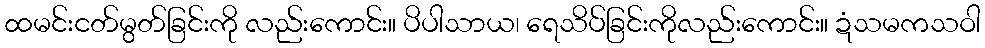
ထမင်းငတ်မွတ်ခြင်းကို လည်းကောင်း။ ပိပါသာယ၊ ရေသိပ်ခြင်းကိုလည်းကောင်း။ ဍံသမကသဝါ